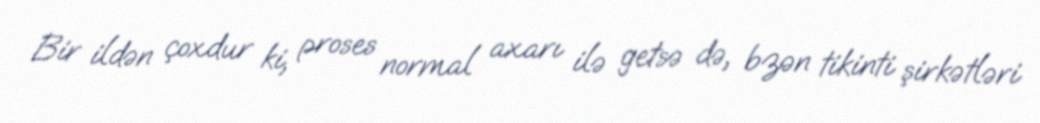
Bir ildən çoxdur ki, proses normal axarı ilə getsə də, bzən tikinti şirkətləri